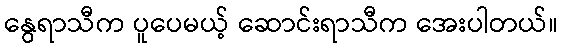
နွေရာသီက ပူပေမယ့် ဆောင်းရာသီက အေးပါတယ်။